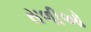
સળીઓ